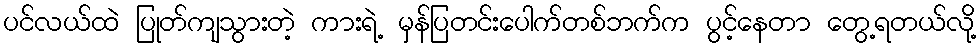
ပင်လယ်ထဲ ပြုတ်ကျသွားတဲ့ ကားရဲ့ မှန်ပြတင်းပေါက်တစ်ဘက်က ပွင့်နေတာ တွေ့ရတယ်လို့